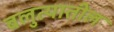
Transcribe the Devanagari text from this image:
बलुत्यातील